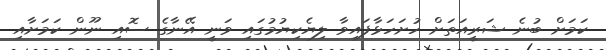
ކަމަށް ބުނެ ޝަރީއަތަށް ހުށަހަޅާފައިވާ ލިޔެކިޔުމުގައި ވަނީ އޭނާގެ ސޮއި ނޫން ކަމަށާއި